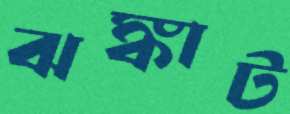
ঝঙ্কাট